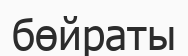
бөйраты